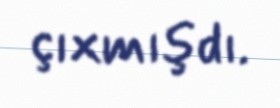
çıxmışdı.